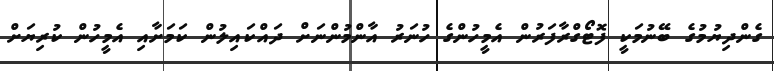
ގެންދިޔުމުގެ ބޭނުމަކީ ފޮޓޯގްރާފަރުން އެމީހުންގެ ހުނަރު އާންމުންނަށް ދައްކައިލުން ކަމަށާއި އެމީހުން ކުރިޔަށް